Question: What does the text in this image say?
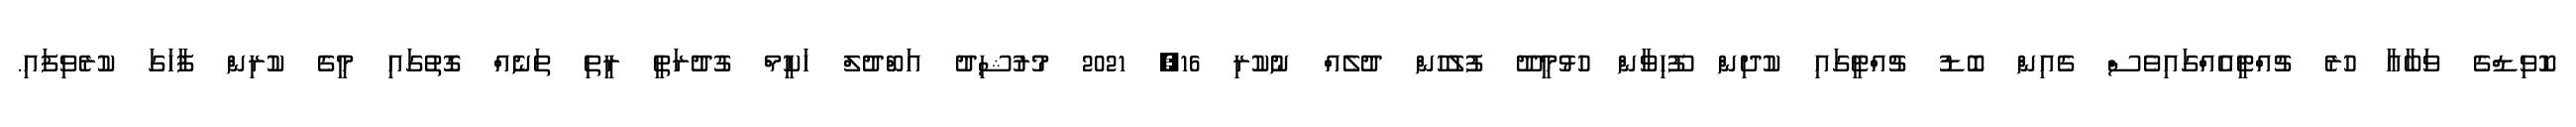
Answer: ކޮވިޑްގެ ވަބާއާ ހުރެ ޗުއްޓީއެއްގައިވެސް ގެއިން ބޮޑު ޗުއްޓީގައި ކުދިން ފޫހިވާން ހުޅުމީދޫ ފުލުހުން ދުލެއް ނުކުރި 16, 2021 މުރުޝިދު އަބްދުލް ހަކީމް ގުދުރަތީ ރީތި ތަނެއް ގޮތުގައި މީގެ ކުރިން ފާހަގަ ކުރެވިފައި.